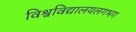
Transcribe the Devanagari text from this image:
विश्वविद्यालयलगभग